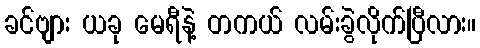
ခင်ဗျား ယခု မေရီနဲ့ တကယ် လမ်းခွဲလိုက်ပြီလား။